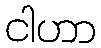
ငါဟာ